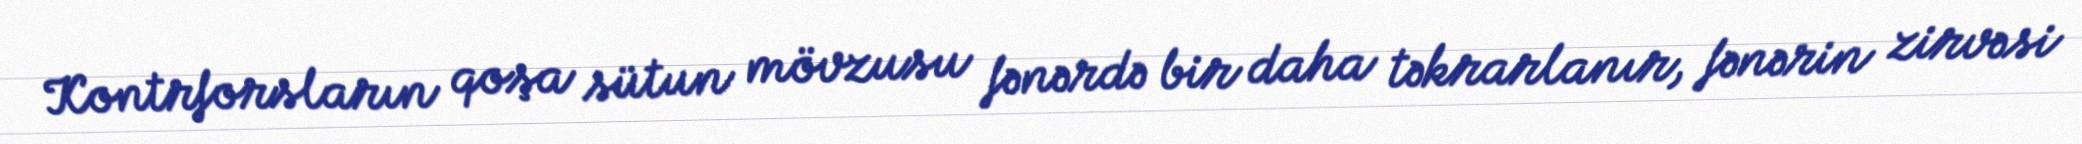
Kontrforsların qoşa sütun mövzusu fənərdə bir daha təkrarlanır, fənərin zirvəsi